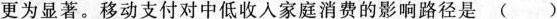
更为显著。移动支付对中低收人家庭消费的影响路径是()